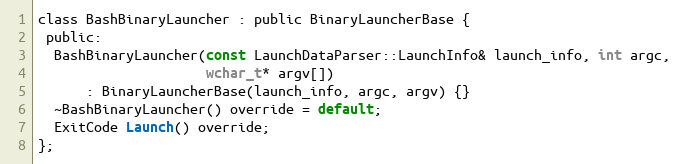
Language: C
class BashBinaryLauncher : public BinaryLauncherBase {
 public:
  BashBinaryLauncher(const LaunchDataParser::LaunchInfo& launch_info, int argc,
                     wchar_t* argv[])
      : BinaryLauncherBase(launch_info, argc, argv) {}
  ~BashBinaryLauncher() override = default;
  ExitCode Launch() override;
};